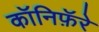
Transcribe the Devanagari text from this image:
कॉनिफ़ॅरे